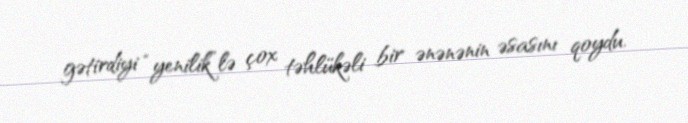
gətirdiyi “yenilik”lə çox təhlükəli bir ənənənin əsasını qoydu.